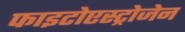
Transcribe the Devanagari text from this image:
फाइटोएस्ट्रोजेन